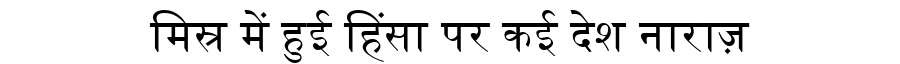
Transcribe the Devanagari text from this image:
मिस्र में हुई हिंसा पर कई देश नाराज़